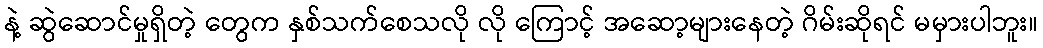
နဲ့ ဆွဲဆောင်မှုရှိတဲ့ တွေက နှစ်သက်စေသလို လို ကြောင့် အဆော့များနေတဲ့ ဂိမ်းဆိုရင် မမှားပါဘူး။